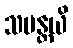
သမန္တယိ